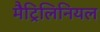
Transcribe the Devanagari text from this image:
मैट्रिलिनियल